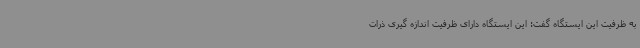
به ظرفیت این ایستگاه گفت: این ایستگاه دارای ظرفیت اندازه گیری ذرات